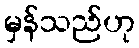
မှန်သည်ဟု